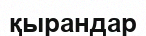
қырандар